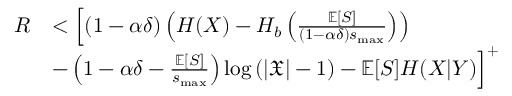
\begin{array} { r l } { R } & { < \Big [ ( 1 - \alpha \delta ) \left( H ( X ) - H _ { b } \left( \frac { \mathbb { E } [ S ] } { ( 1 - \alpha \delta ) s _ { \operatorname* { m a x } } } \right) \right) } \\ & { - \left( 1 - \alpha \delta - \frac { \mathbb { E } [ S ] } { s _ { \operatorname* { m a x } } } \right) \log \left( | \mathfrak { X } | - 1 \right) - \mathbb { E } [ S ] H ( X | Y ) \Big ] ^ { + } } \end{array}